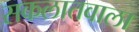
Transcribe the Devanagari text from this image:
सकलातवाला